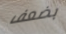
بضعف